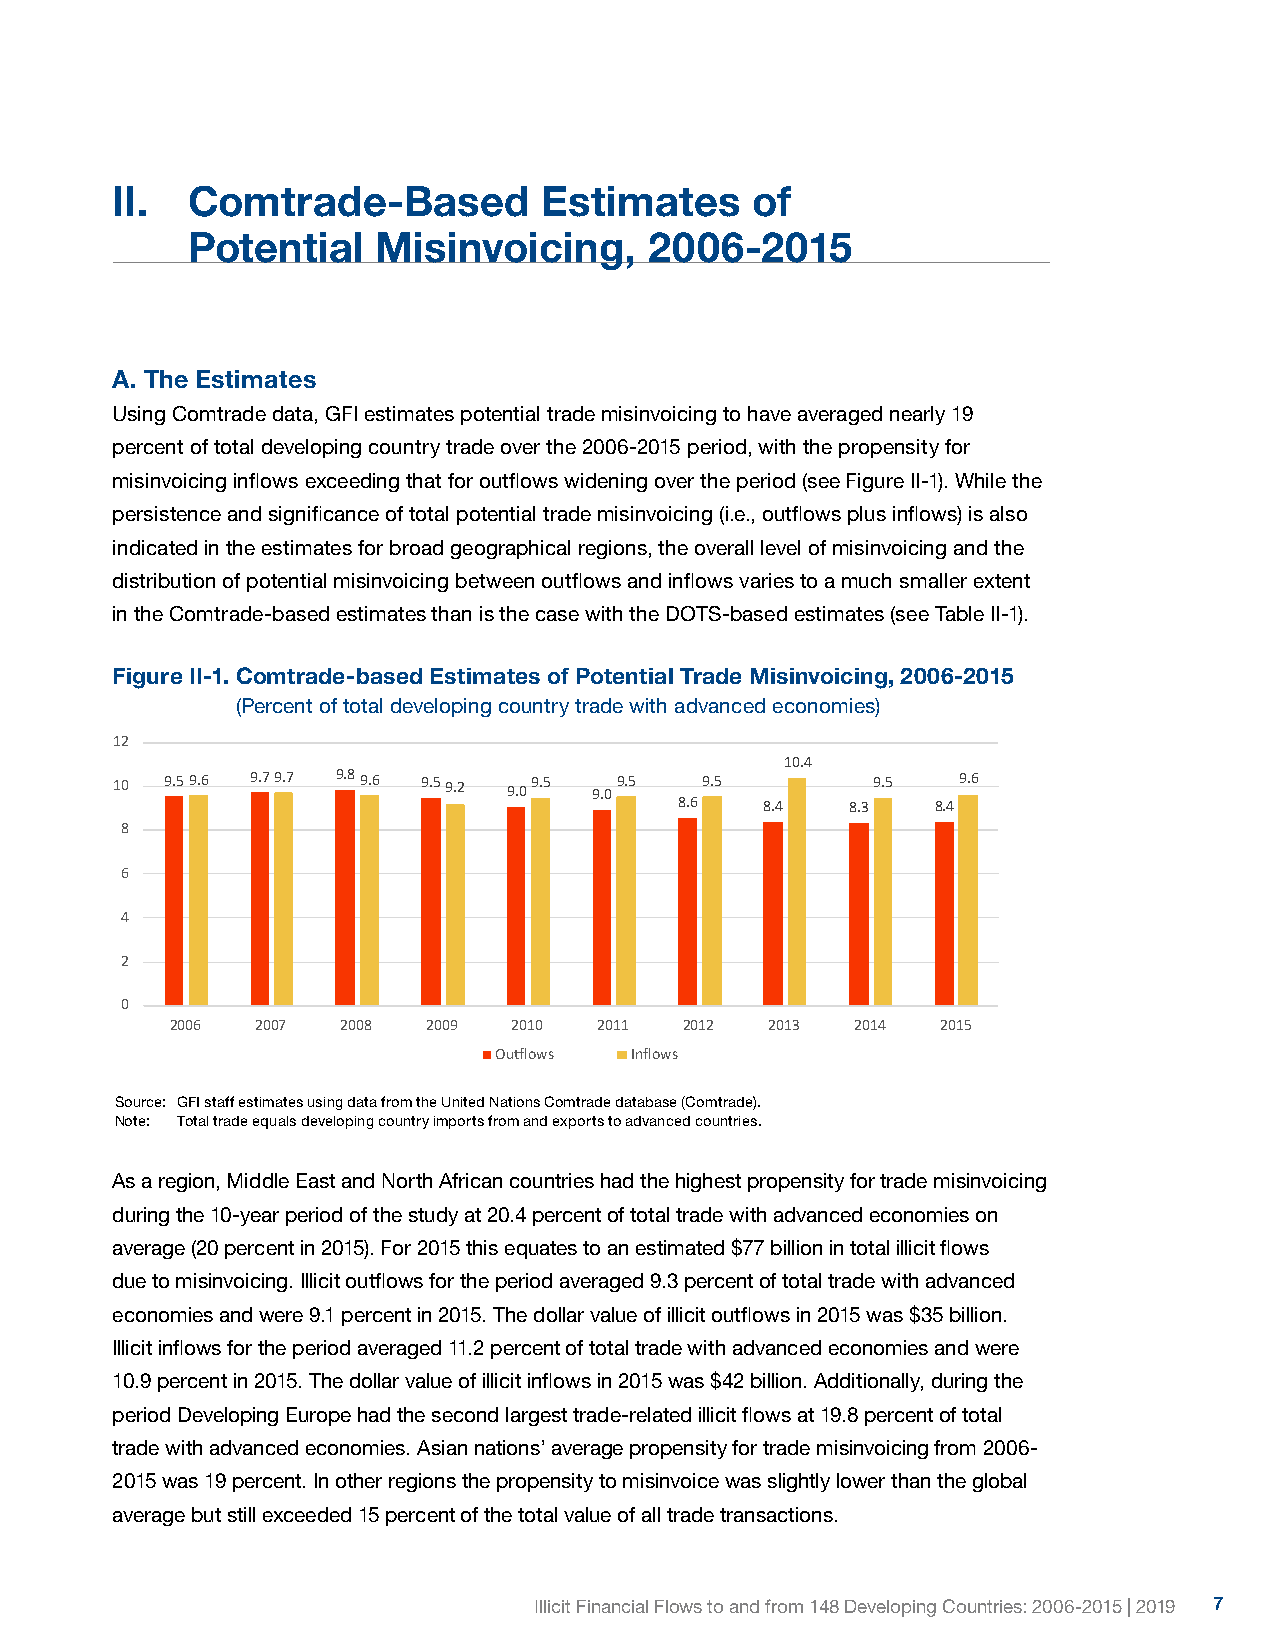
II.  Comtrade-Based          Estimates     of
 Potential    Misinvoicing,     2006-2015
 A. The Estimates
 Using Comtrade data, GFI estimates potential trade misinvoicing to have averaged nearly 19
 percent of total developing country trade over the 2006-2015 period, with the propensity for
 misinvoicing inflows exceeding that for outflows widening over the period (see Figure II-1). While the
 persistence and significance of total potential trade misinvoicing (i.e., outflows plus inflows) is also
 indicated in the estimates for broad geographical regions, the overall level of misinvoicing and the
 distribution of potential misinvoicing between outflows and inflows varies to a much smaller extent
 in the Comtrade-based estimates than is the case with the DOTS-based estimates (see Table II-1).
 Figure II-1. C omtrade-based Estimates of Potential Trade Misinvoicing, 2006-2015
 Figure II-1. Comtrade-based Estimates of Potential Trade Misinvoicing, 2006-2015
 (Percent of total developing country trade with advanced economies)
 (Percent of developing country total trade)
 12
 10.4
 10  9.59.6 9.79.7 9.89.6 9.59.2 9.09.5 9.09.5 9.5  9.5  9.6
 8.6   8.4  8.3   8.4
 8
 6
 4
 2
 0
 2006  2007  2008 2009  2010  2011 2012  2013  2014 2015
 Outflows Inflows
 Source: GFI staff estimates using data from the United Nations Comtrade database (Comtrade).
 Note: Total trade equals developing country imports from and exports to advanced countries.
 As a region, Middle East and North African countries had the highest propensity for trade misinvoicing
 during the 10-year period of the study at 20.4 percent of total trade with advanced economies on
 Source: GFI staff estimatesusing data from the United Nations Comtrade database (Comtrade).
 average (20 percent in 2015). For 2015 this equates to an estimated $77 billion in total illicit flows
 Note: Total trade equals developing country imports from and exports to advanced countries.
 due to misinvoicing. Illicit outflows for the period averaged 9.3 percent of total trade with advanced
 economies and were 9.1 percent in 2015. The dollar value of illicit outflows in 2015 was $35 billion.
 Illicit inflows for the period averaged 11.2 percent of total trade with advanced economies and were
 10.9 percent in 2015. The dollar value of illicit inflows in 2015 was $42 billion. Additionally, during the
 period Developing Europe had the second largest trade-related illicit flows at 19.8 percent of total
 trade with advanced economies. Asian nations’ average propensity for trade misinvoicing from 2006-
 2015 was 19 percent. In other regions the propensity to misinvoice was slightly lower than the global
 average but still exceeded 15 percent of the total value of all trade transactions.
 Illicit Financial Flows to and from 148 Developing Countries: 2006-2015 | 2019 7